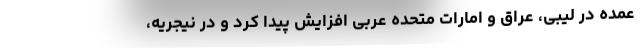
عمده در لیبی، عراق و امارات متحده عربی افزایش پیدا کرد و در نیجریه،